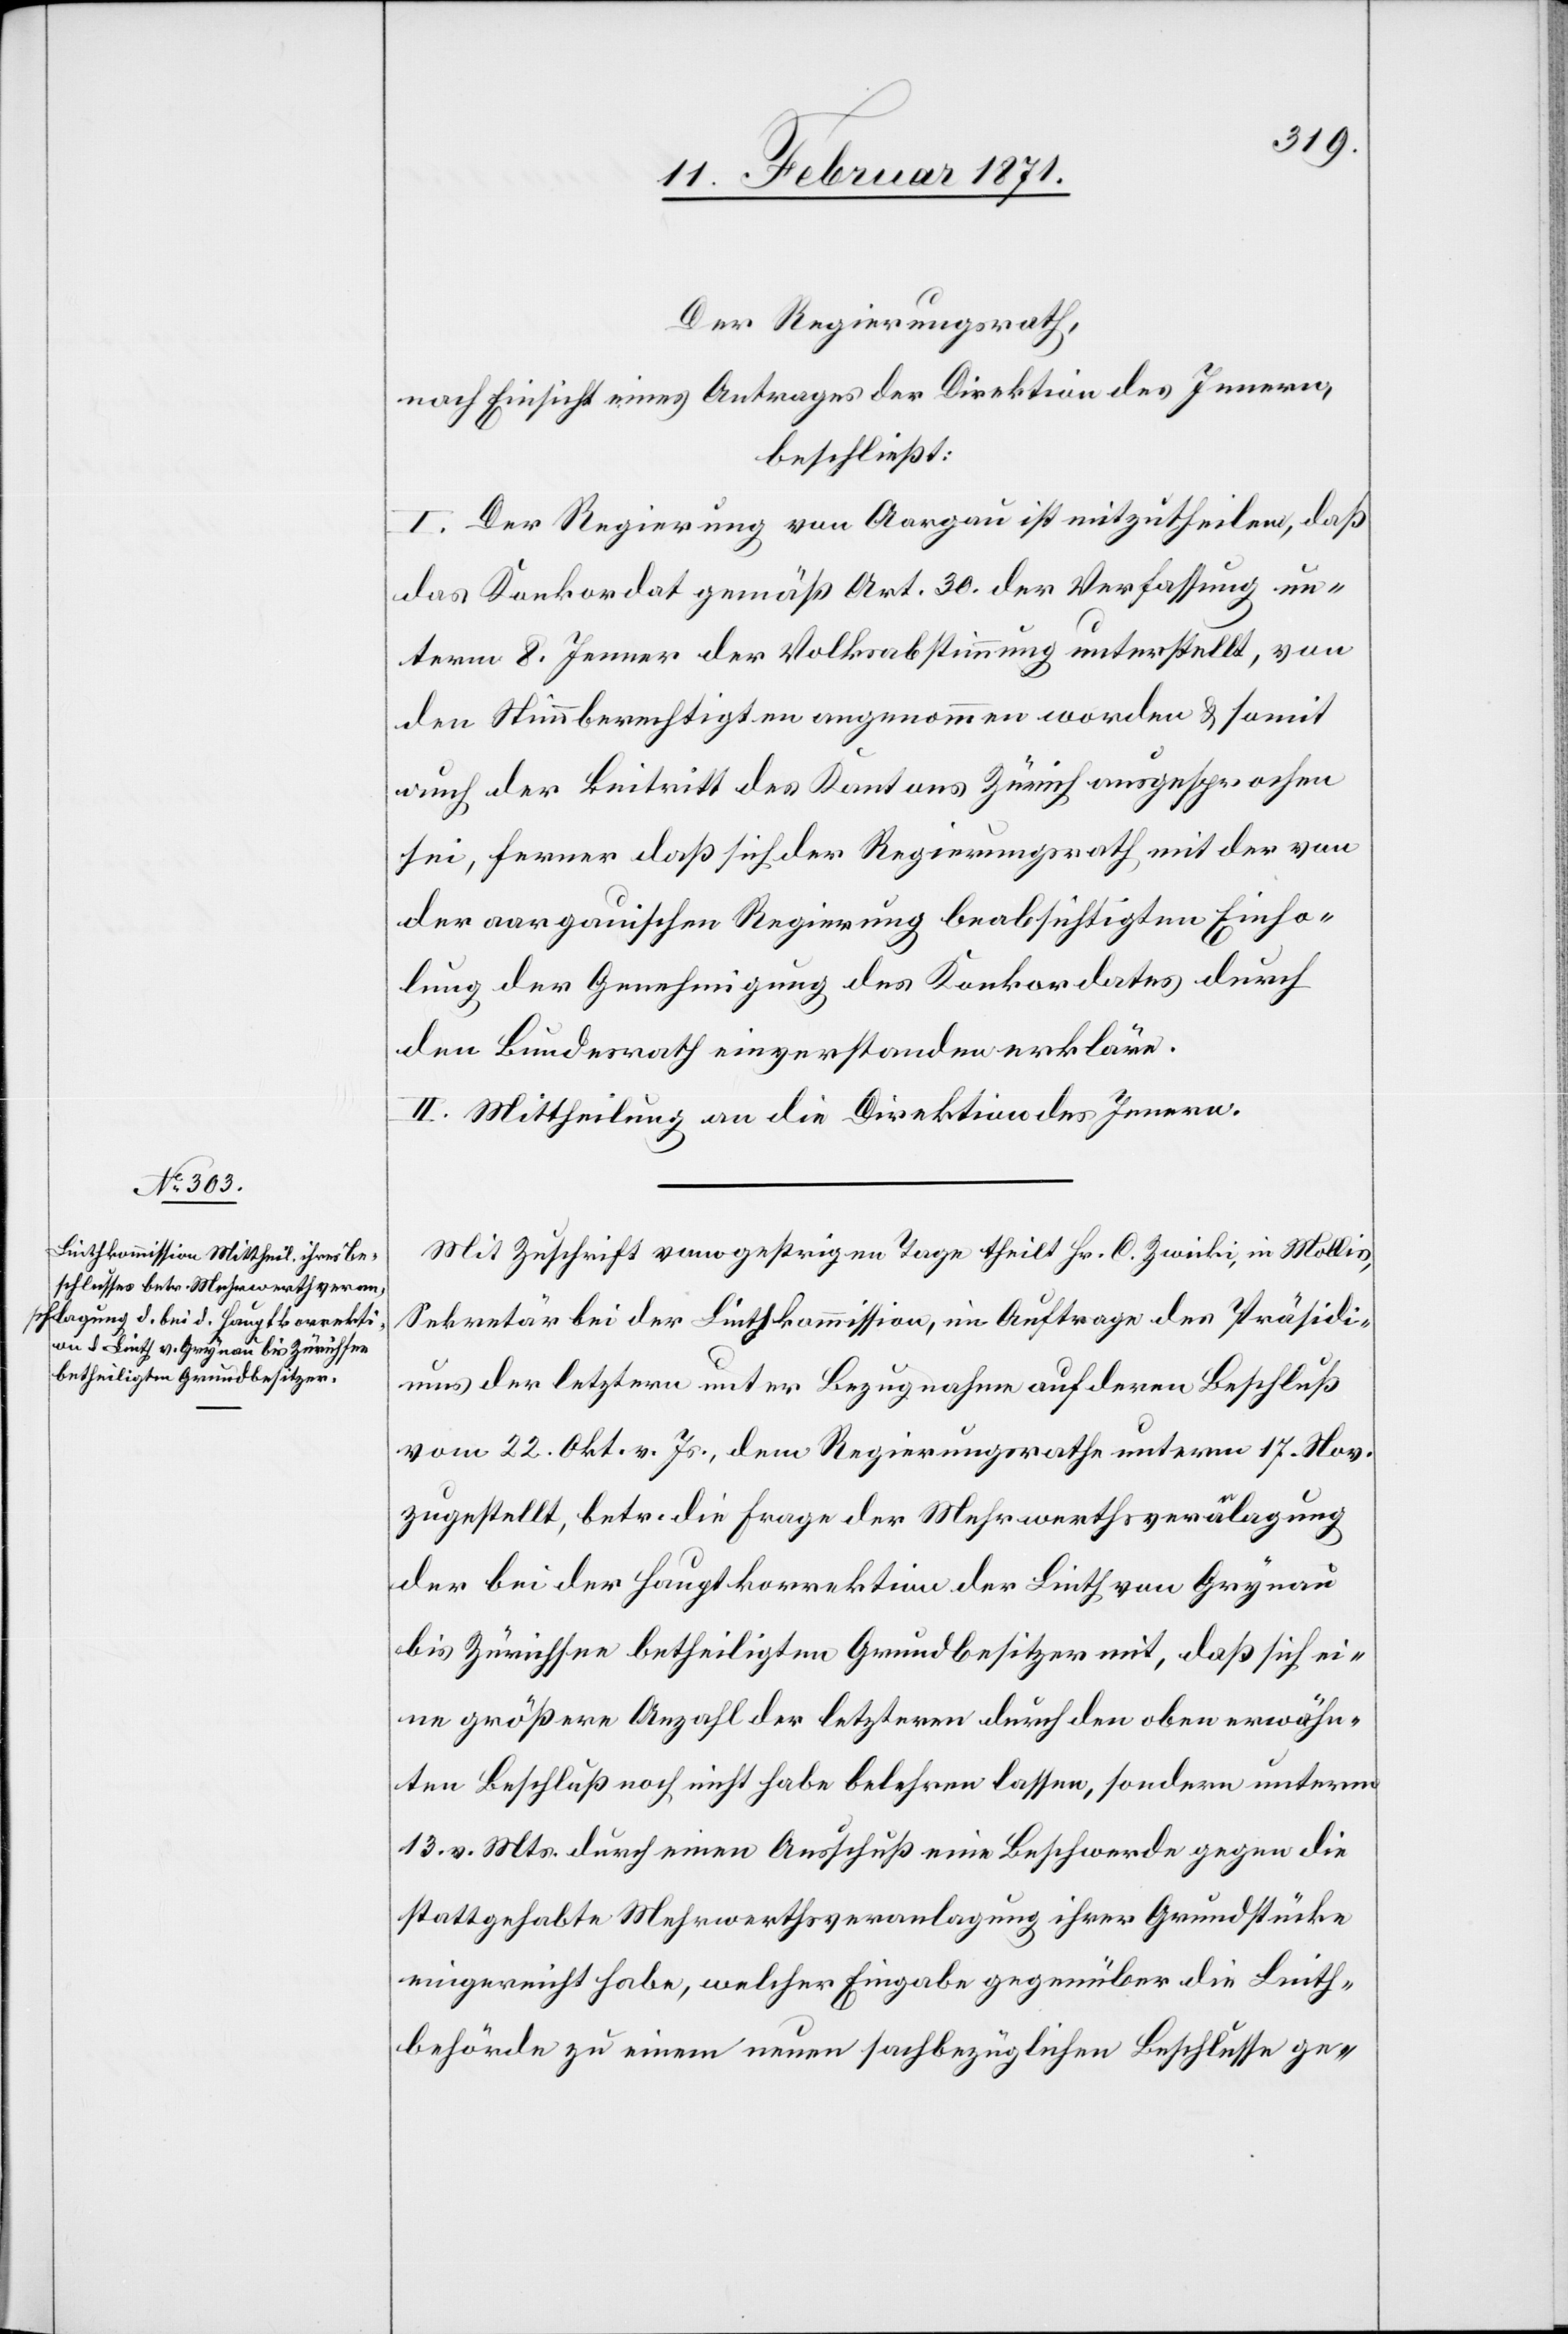
Der Regierungsrath,
nach Einsicht eines Antrages der Direktion des Innern,
beschließt:
I. Der Regierung von Aargau ist mitzutheilen, daß
das Konkordat gemäß Art. 30 der Verfassung un¬
term 8. Jenner der Volksabstimmung unterstellt, von
den Stimmberechtigten angenommen worden u. somit
auch der Beitritt des Kantons Zürich ausgesprochen
sei, ferner daß sich der Regierungsrath mit der von
der aargauischen Regierung beabsichtigten Einho¬
lung der Genehmigung des Konkordates durch
den Bundesrath einverstanden erkläre.
II. Mittheilung an die Direktion des Innern.
Mit Zuschrift vom gestrigen Tage theilt Hr. C. Zwicki, in Mollis,
Sekretär bei der Linthkommission, im Auftrage des Präsidi¬
ums der letztern unter Bezugnahme auf deren Beschluß
vom 22. Okt. v. Js., dem Regierungsrathe unterm 17. Nov.
zugestellt, betr. die Frage der Mehrwerthsverälagung
der bei der Hauptkorrektion der Linth von Grynau
bis Zürichsee betheiligten Grundbesitzer mit, daß sich ei¬
ne größere Anzahl der letztern durch den oben erwähn¬
ten Beschluß noch nicht habe belehren lassen, sondern unterm
13. v. Mts. durch einen Ausschuß eine Beschwerde gegen die
stattgehabte Mehrwerthsveranlagung ihrer Grundstücke
eingereicht habe, welcher Eingabe gegenüber die Linth¬
behörde zu einem neuen sachbezüglichen Beschlusse ge-